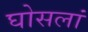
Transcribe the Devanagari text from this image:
घोसलां